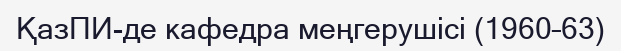
ҚазПИ-де кафедра меңгерушісі (1960–63)